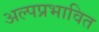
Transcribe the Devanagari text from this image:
अल्पप्रभावित